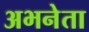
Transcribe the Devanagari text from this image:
अभनेता